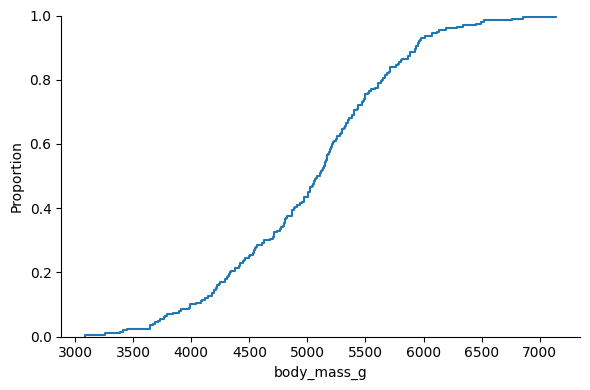
python, seaborn, displot, kind='ecdf', column='body_mass_g', hue='all', height=4, aspect=1.5